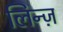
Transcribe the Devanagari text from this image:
लिन्ज़